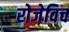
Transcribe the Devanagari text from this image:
रोजेविच